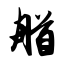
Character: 艏